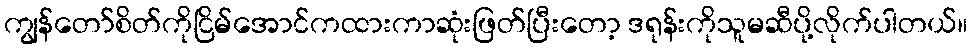
ကျွန်တော်စိတ်ကိုငြိမ်အောင်ကထားကာဆုံးဖြတ်ပြီးတော့ ဒရုန်းကိုသူမဆီပို့လိုက်ပါတယ်။